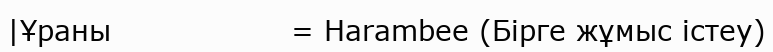
|Ұраны                  = Harambee (Бірге жұмыс істеу)